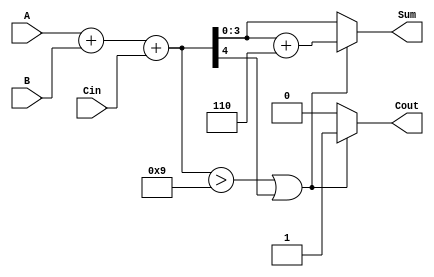
module BCD_Conditional_Adder (
    input  [3:0] A,    // First BCD input
    input  [3:0] B,    // Second BCD input
    input        Cin,   // Carry-in
    output reg [3:0] Sum, // BCD Sum output
    output reg Cout      // Carry-out
);

    wire [4:0] Temp_Sum; // 5-bit temp sum to hold A + B + Cin
    wire correction_needed; // Logic to check if correction is needed

    // Binary addition of A, B and Cin
    assign Temp_Sum = A + B + Cin;

    // Determine if correction is needed
    assign correction_needed = (Temp_Sum > 9) || Temp_Sum[4];

    always @(*) begin
        if (correction_needed) begin
            // If correction is needed, add 6
            Sum = Temp_Sum[3:0] + 4'b0110;
            Cout = 1'b1; // Carry-out is set
        end else begin
            // No correction needed
            Sum = Temp_Sum[3:0];
            Cout = 1'b0; // No carry-out
        end
    end
    
endmodule